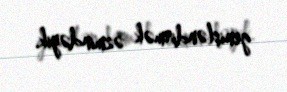
genişləndirmək əzmindəyik.